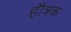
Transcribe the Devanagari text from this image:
हौत्रक